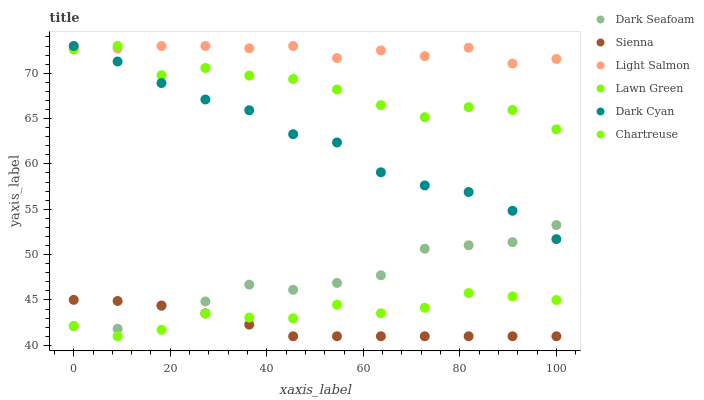
| xaxis_label | Dark Seafoam | Sienna | Light Salmon | Lawn Green | Dark Cyan | Chartreuse |
 | --- | --- | --- | --- | --- | --- | --- |
 | 0 | 42.1 | 45 | 73 | 72.6 | 73 | 42.2 |
 | 9.09 | 41.8 | 44.9 | 72.7 | 73 | 71.3 | 41 |
 | 18.2 | 44.3 | 44.4 | 73 | 69.8 | 68.9 | 41.7 |
 | 27.3 | 44.8 | 43.5 | 73 | 70.6 | 67.1 | 43.5 |
 | 36.4 | 46.7 | 42.3 | 72.7 | 69.7 | 65.9 | 43.1 |
 | 45.5 | 46.1 | 41 | 73 | 69.4 | 63.3 | 43 |
 | 54.5 | 46.9 | 41 | 71.7 | 68.2 | 62.4 | 44.5 |
 | 63.6 | 47.7 | 41 | 72.5 | 66.5 | 59.1 | 43.5 |
 | 72.7 | 50.6 | 41 | 71.9 | 65.2 | 57.6 | 44.1 |
 | 81.8 | 51 | 41 | 72.8 | 66.3 | 56.9 | 45.8 |
 | 90.9 | 51.4 | 41 | 71.1 | 66 | 54.8 | 45.4 |
 | 100 | 53.3 | 41 | 71.6 | 63.8 | 51.7 | 45 |